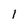
Character: 1